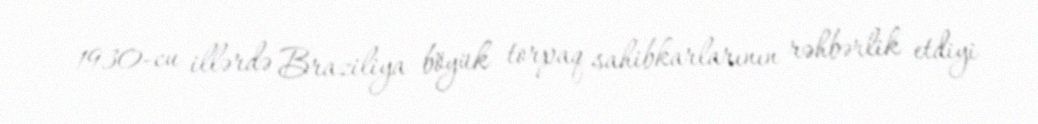
1930-cu illərdə Braziliya böyük torpaq sahibkarlarının rəhbərlik etdiyi